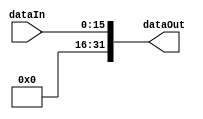
`timescale 1ns / 1ps
//////////////////////////////////////////////////////////////////////////////////
// Company: 
// Engineer: 
// 
// Design Name: 
// Module Name:    extend 
// Project Name: 
// Target Devices: 
// Tool versions: 
// Description: 
//
// Dependencies: 
//
// Revision: 
// Revision 0.01 - File Created
// Additional Comments: 
//
//////////////////////////////////////////////////////////////////////////////////
module zeroExtend(
input[15:0]dataIn,
output[31:0]dataOut
    );
assign dataOut={16'h0000,dataIn};
endmodule